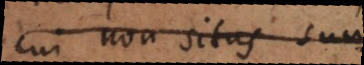
cui non situs suus